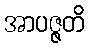
အာပဇ္ဇတိ